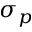
\sigma _ { p }